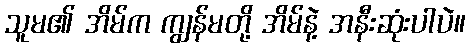
သူမ၏ အိမ်က ကျွန်မတို့ အိမ်နဲ့ အနီးဆုံးပါပဲ။